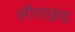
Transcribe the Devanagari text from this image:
सीगाफ्रड